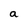
Character: a